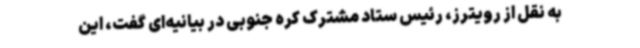
به نقل از رویترز، رئیس ستاد مشترک کره جنوبی در بیانیه‌ای گفت، این